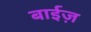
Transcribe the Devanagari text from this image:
बाईज़